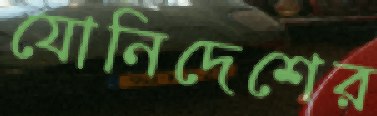
যোনিদেশের